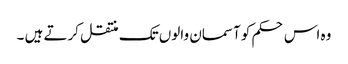
وہ اس حکم کو آسمان والوں تک منتقل کرتے ہیں ۔